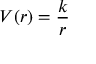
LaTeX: V ( r ) = { \frac { k } { r } }